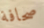
صحافة